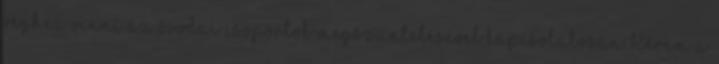
véghez vinni az óvodai csoportok megszüntetésével kapcsolatosan. Kérem a